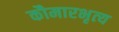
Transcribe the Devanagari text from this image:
कौमारभृत्‍य